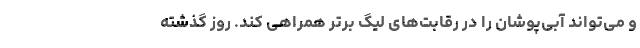
و می‌تواند آبی‌پوشان را در رقابت‌های لیگ برتر همراهی کند. روز گذشته